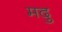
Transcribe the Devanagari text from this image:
मदु